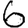
Digit: 6